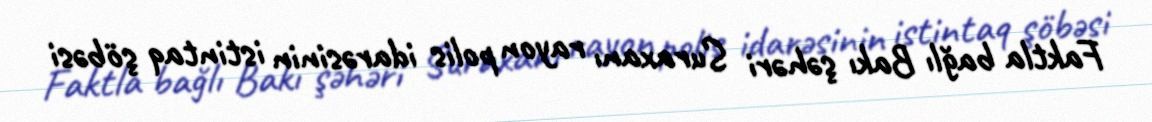
Faktla bağlı Bakı şəhəri Suraxanı rayon polis idarəsinin istintaq şöbəsi